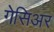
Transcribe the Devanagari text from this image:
गेसिअर